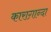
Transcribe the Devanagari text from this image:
काराग़ान्दा